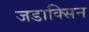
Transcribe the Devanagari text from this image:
जडाक्सिन